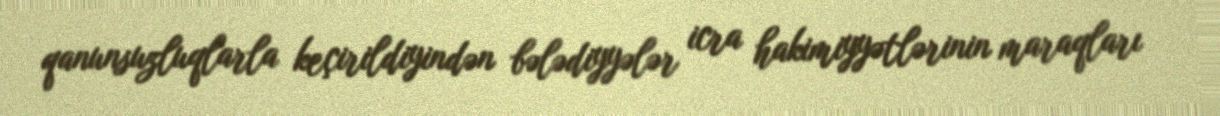
qanunsuzluqlarla keçirildiyindən bələdiyyələr icra hakimiyyətlərinin maraqları